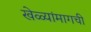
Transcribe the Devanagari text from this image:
खेळ्यांमागची